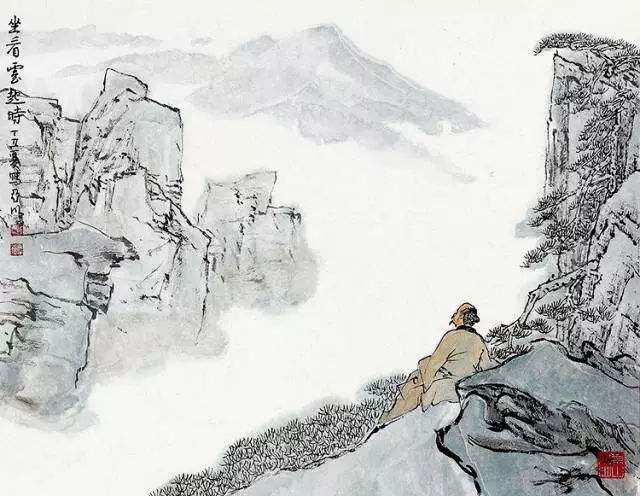
扰扰马足车尘，被岁月无情，暗消年少。